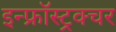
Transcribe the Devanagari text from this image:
इन्फ्रॉस्ट्रक्चर